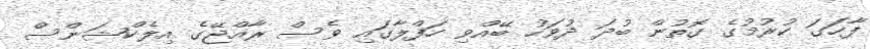
ފާހަގަ ކުރުމުގެ ގޮތުން ބުދަ ދުވަހު ބޭއްވި ހަފްލާގައި ވެސް ރާއްޖޭގެ އިލެކްޝަންސް